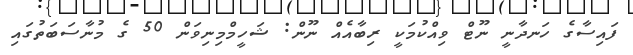
ފައިސާގެ ހަނދާނީ ނޫޓް ވިއްކުމަކީ ރިބާއެއް ނޫން: ޝަހީމްމިނިވަން 50 ގެ މުނާސަބަތުގައި